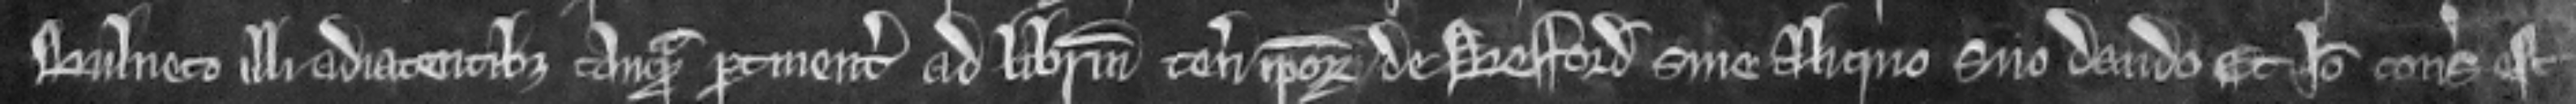
bulneto illi adiacentibus quam pertinentibus ad liberum tenementum ipsorum de Besford sine aliquo suo dando et ideo consideratum est